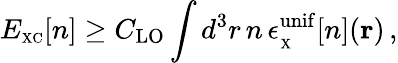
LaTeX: E_{\scriptscriptstyle\mathrm{XC}}[n]\geq C_{\mathrm{LO}}\int d^{3}r\, n\, \epsilon_{_{\scriptscriptstyle\mathrm{X}}}^{\mathrm{unif}}[n]({\mathbf r})\, ,